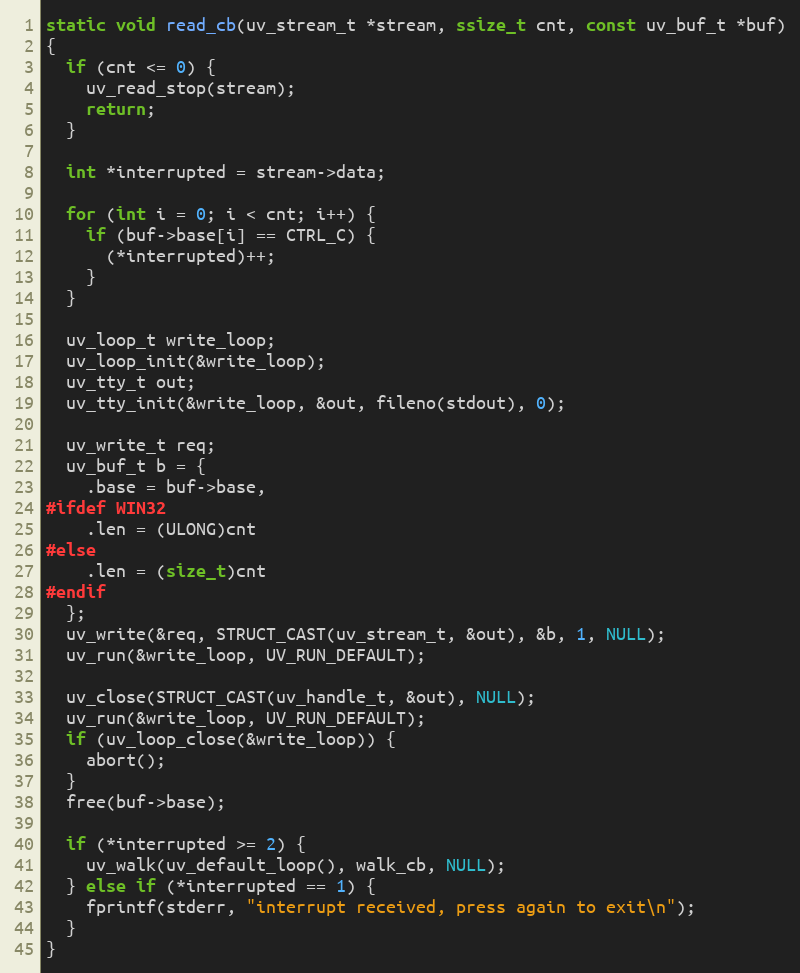
Language: C
static void read_cb(uv_stream_t *stream, ssize_t cnt, const uv_buf_t *buf)
{
  if (cnt <= 0) {
    uv_read_stop(stream);
    return;
  }

  int *interrupted = stream->data;

  for (int i = 0; i < cnt; i++) {
    if (buf->base[i] == CTRL_C) {
      (*interrupted)++;
    }
  }

  uv_loop_t write_loop;
  uv_loop_init(&write_loop);
  uv_tty_t out;
  uv_tty_init(&write_loop, &out, fileno(stdout), 0);

  uv_write_t req;
  uv_buf_t b = {
    .base = buf->base,
#ifdef WIN32
    .len = (ULONG)cnt
#else
    .len = (size_t)cnt
#endif
  };
  uv_write(&req, STRUCT_CAST(uv_stream_t, &out), &b, 1, NULL);
  uv_run(&write_loop, UV_RUN_DEFAULT);

  uv_close(STRUCT_CAST(uv_handle_t, &out), NULL);
  uv_run(&write_loop, UV_RUN_DEFAULT);
  if (uv_loop_close(&write_loop)) {
    abort();
  }
  free(buf->base);

  if (*interrupted >= 2) {
    uv_walk(uv_default_loop(), walk_cb, NULL);
  } else if (*interrupted == 1) {
    fprintf(stderr, "interrupt received, press again to exit\n");
  }
}